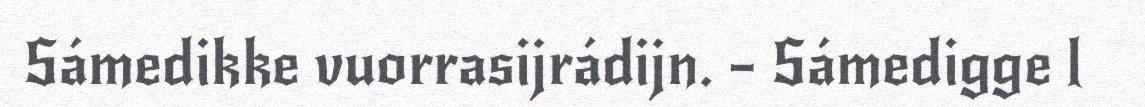
Sámedikke vuorrasijrádijn. – Sámedigge l